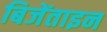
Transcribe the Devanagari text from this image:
बिजेंताइन